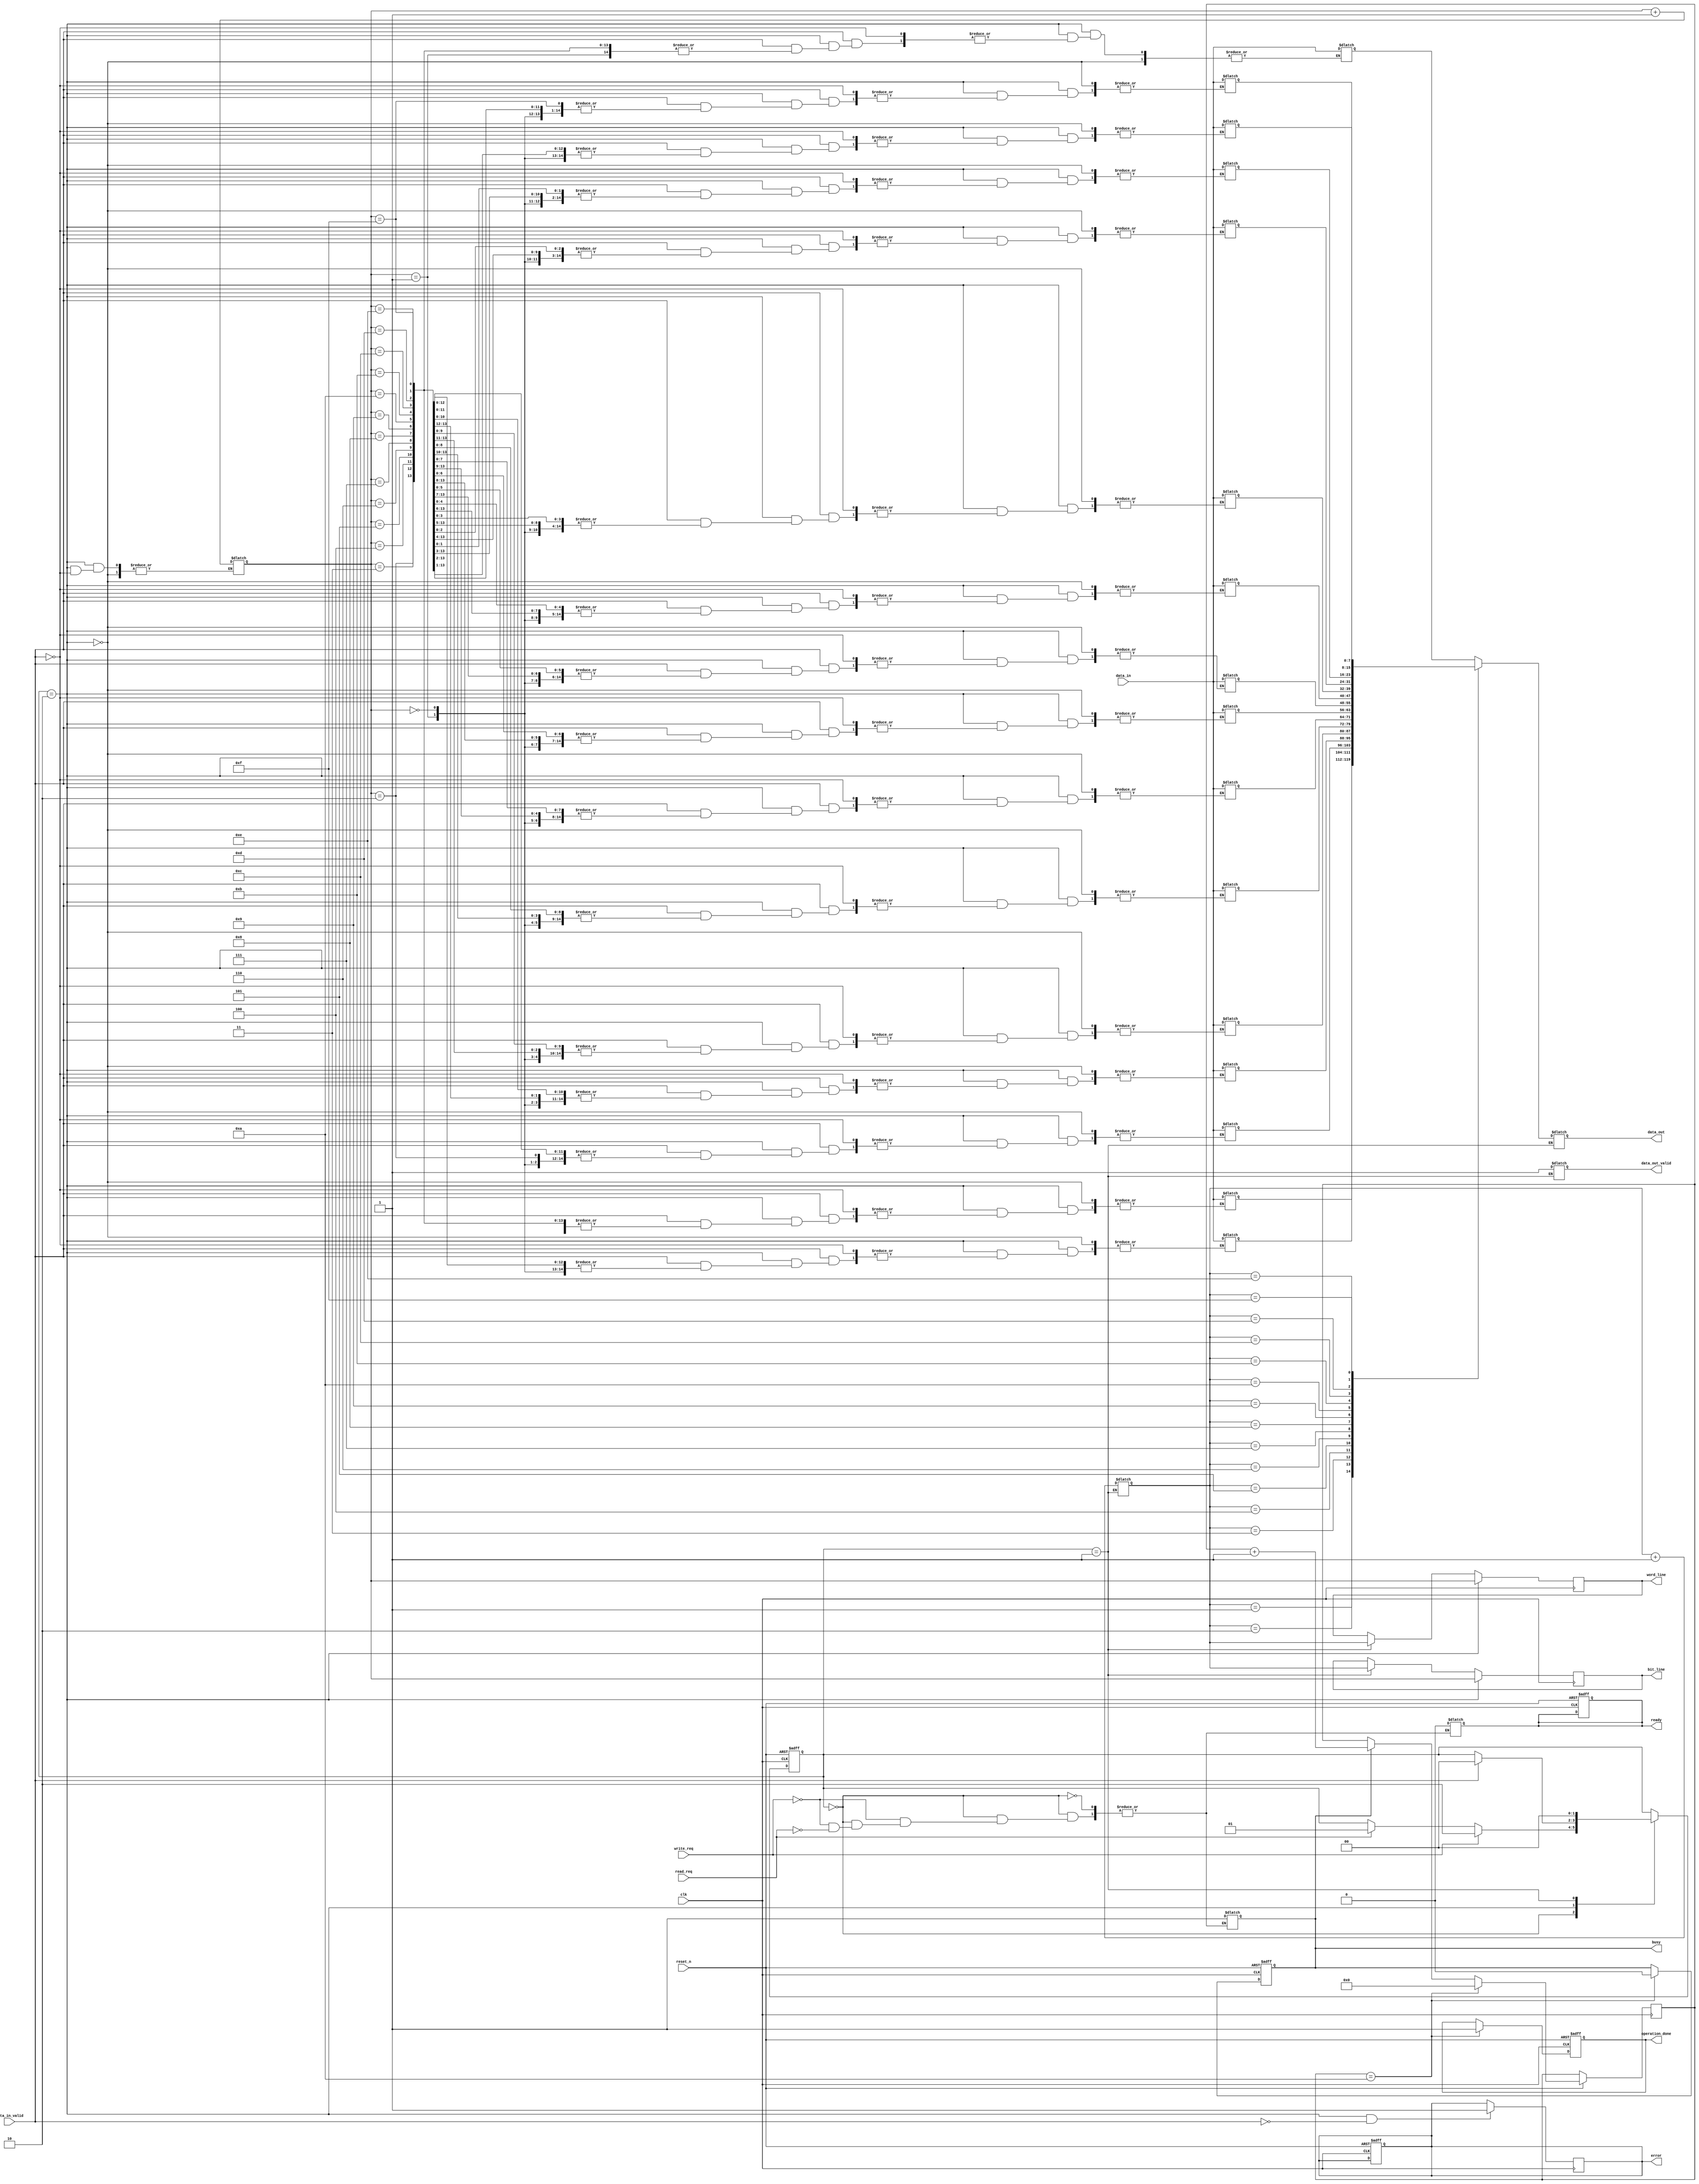
module PCM_IO_Block (
    input wire clk,
    input wire reset_n,
    
    // Data input signals
    input wire [7:0] data_in,
    input wire data_in_valid,
    
    // Data output signals
    output reg [7:0] data_out,
    output reg data_out_valid,

    // Control signals
    input wire read_req,
    input wire write_req,
    output reg busy,
    output reg ready,

    // Memory interface signals
    output reg [3:0] word_line,
    output reg [3:0] bit_line,
    
    // Status signals
    output reg operation_done,
    output reg error
);

// Parameters
parameter IDLE = 2'b00, READ = 2'b01, WRITE = 2'b10;
reg [1:0] current_state, next_state;

// Data buffers
reg [7:0] data_buffer [0:15]; // Example buffer size
reg [3:0] write_address, read_address;

// Timing control
reg [3:0] timing_counter;

// Memory access control logic
always @(posedge clk or negedge reset_n) begin
    if (!reset_n) begin
        current_state <= IDLE;
        busy <= 0;
        ready <= 1;
        operation_done <= 0;
        error <= 0;
    end else begin
        current_state <= next_state;
        
        // Timing control
        if (busy) begin
            timing_counter <= timing_counter + 1;
        end
        
        if (timing_counter == 4'd10) begin // Example timing condition
            busy <= 0;
            operation_done <= 1;
            timing_counter <= 0;
        end
    end
end

// Next state logic
always @(*) begin
    next_state = current_state;
    case (current_state)
        IDLE: begin
            if (write_req) begin
                next_state = WRITE;
                busy = 1;
                ready = 0;
            end else if (read_req) begin
                next_state = READ;
                busy = 1;
                ready = 0;
            end
        end
        WRITE: begin
            if (data_in_valid) begin
                data_buffer[write_address] = data_in;
                write_address = write_address + 1; // Increment address
                next_state = IDLE;
            end
        end
        READ: begin
            data_out = data_buffer[read_address];
            data_out_valid = 1;
            read_address = read_address + 1; // Increment address
            next_state = IDLE;
        end
    endcase
end

// Data integrity check (dummy example)
always @(posedge clk) begin
    if (current_state == WRITE && !data_in_valid) begin
        error <= 1; // Example error condition
    end
end

// Control signal generation for memory
always @(posedge clk) begin
    if (current_state == WRITE) begin
        word_line <= write_address; // Example addressing
        bit_line <= write_address; // Example addressing
    end else if (current_state == READ) begin
        word_line <= read_address;
        bit_line <= read_address;
    end
end

endmodule